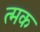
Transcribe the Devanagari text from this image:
त्मक